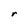
Character: r